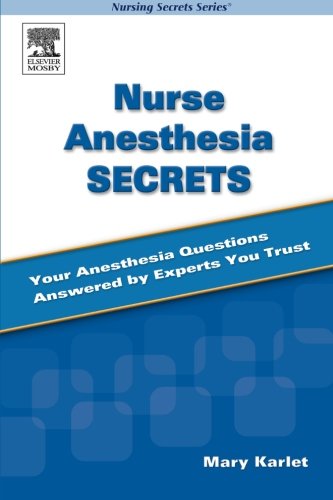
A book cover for Nurse Anesthesia Secrets, 1e; Mary Karlet; Medical Books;